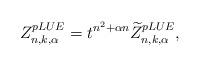
LaTeX: \begin{align*}Z_{n,k,\alpha}^{pLUE} = t^{n^2 + \alpha n} \widetilde{Z}_{n,k,\alpha}^{pLUE},\end{align*}